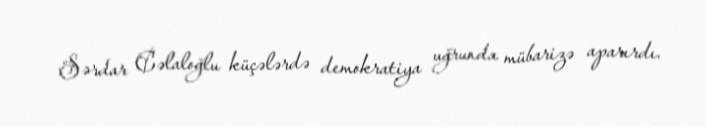
Sərdar Cəlaloğlu küçələrdə demokratiya uğrunda mübarizə aparırdı.